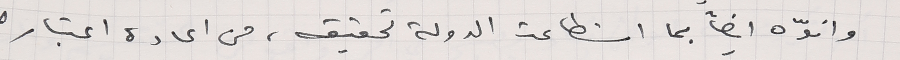
وانوّه ايضاً بما استطاعت الدولة تحقيقه، من اعادة اعتبار